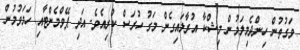
ވަގުތުން ހިންދެމިލަމުން މިޝްކާ އުރާލައިގެން މަގު ހުރަސް ކުރިއެވެ. އަދި ޕޭވްމެންޓާއި ހަމަވުމުން